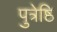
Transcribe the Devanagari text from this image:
पुत्रेष्ठि